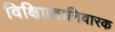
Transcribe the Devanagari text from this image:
विक्षिप्ततानिवारक